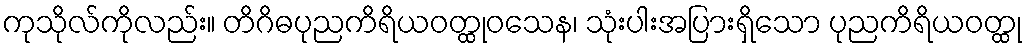
ကုသိုလ်ကိုလည်း။ တိဂိဓပုညကိရိယဝတ္ထုဝသေန၊ သုံးပါးအပြားရှိသော ပုညကိရိယဝတ္ထု